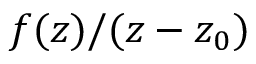
f ( z ) / ( z - z _ { 0 } )